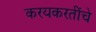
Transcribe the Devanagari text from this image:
करयकरतींचे